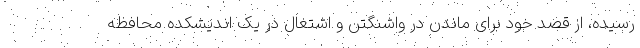
رسیده، از قصد خود برای ماندن در واشنگتن و اشتغال در یک اندیشکده محافظه